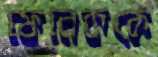
ফেনেককে